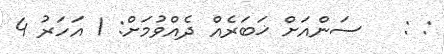
: :   ސަންއަށް ޚަބަރެއް ދެއްވުމަށް: 1 އަހަރު 4